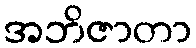
အဘိဇာတာ